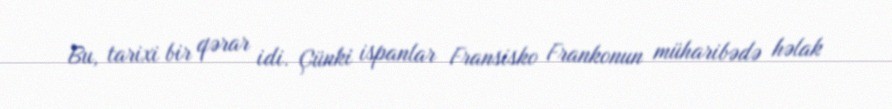
Bu, tarixi bir qərar idi. Çünki ispanlar Fransisko Frankonun müharibədə həlak